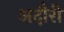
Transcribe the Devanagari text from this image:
अदौरी